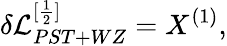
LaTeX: \delta{\cal L}_{PST+WZ}^{[\frac{1}{2}]}=X^{(1)},